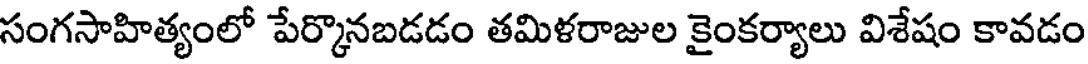
సంగసాహిత్యంలో పేర్కొనబడడం తమిళరాజుల కైంకర్యాలు విశేషం కావడం